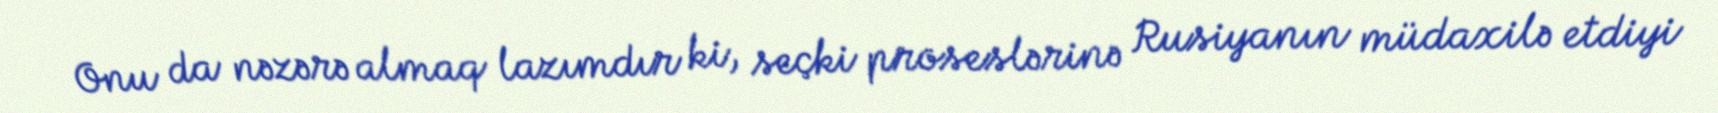
Onu da nəzərə almaq lazımdır ki, seçki proseslərinə Rusiyanın müdaxilə etdiyi